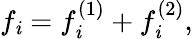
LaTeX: f_{\mathit{i}}=f_{\mathit{i}}^{(1)}+f_{\mathit{i}}^{(2)},